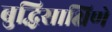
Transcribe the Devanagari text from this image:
बुद्धिसाक्षिणे